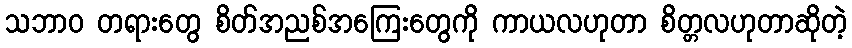
သဘာဝ တရားတွေ စိတ်အညစ်အကြေးတွေကို ကာယလဟုတာ စိတ္တလဟုတာဆိုတဲ့